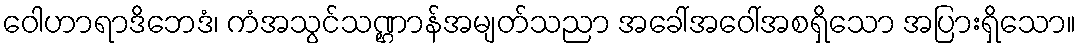
ဝေါဟာရာဒိဘေဒံ၊ ကံအသွင်သဏ္ဌာန်အမျတ်သညာ အခေါ်အဝေါ်အစရှိသော အပြားရှိသော။